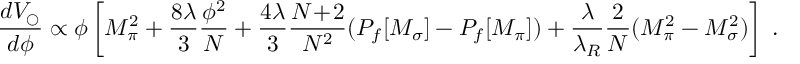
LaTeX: { \frac { d V _ { \bigcirc } } { d \phi } } \propto \phi \left[ M _ { \pi } ^ { 2 } + { \frac { 8 \lambda } { 3 } } { \frac { \phi ^ { 2 } } { N } } + { \frac { 4 \lambda } { 3 } } { \frac { N \! + \! 2 } { N ^ { 2 } } } ( P _ { f } [ M _ { \sigma } ] - P _ { f } [ M _ { \pi } ] ) + { \frac { \lambda } { \lambda _ { R } } } { \frac { 2 } { N } } ( M _ { \pi } ^ { 2 } - M _ { \sigma } ^ { 2 } ) \right] ~ .